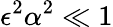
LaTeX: \epsilon^{2}{\alpha}^{2}\ll 1